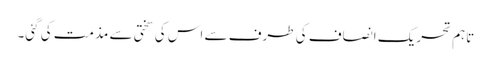
تاہم تحریک انصاف کی طرف سے اس کی سختی سے مذمت کی گئی۔